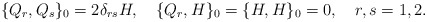
\begin{align*}\{Q_r,Q_s\}_0 =2 \delta_{rs}H,\quad \{Q_r ,H \}_0 =\{H ,H\}_0 =0 ,\quad r,s=1,2.\end{align*}